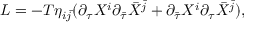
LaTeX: L = - T \eta _ { i \bar { j } } ( { \partial } _ { \tau } X ^ { i } { \partial } _ { \bar { \tau } } { \bar { X } } ^ { \bar { j } } + { \partial } _ { \bar { \tau } } X ^ { i } { \partial } _ { \tau } { \bar { X } } ^ { \bar { j } } ) ,